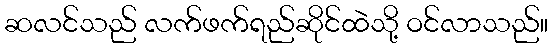
ဆလင်သည် လက်ဖက်ရည်ဆိုင်ထဲသို့ ဝင်လာသည်။